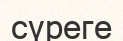
сүреге